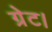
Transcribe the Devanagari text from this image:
ग्रेट।